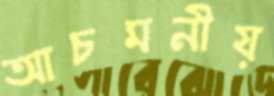
আচমনীয়